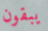
يبقون